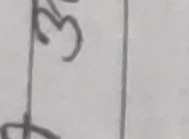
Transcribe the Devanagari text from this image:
३